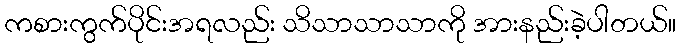
ကစားကွက်ပိုင်းအရလည်း သိသာသာသာကို အားနည်းခဲ့ပါတယ်။